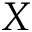
\b X